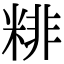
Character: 𥺘